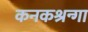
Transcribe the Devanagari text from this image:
कनकश्रन्गा